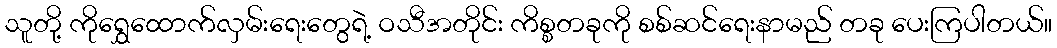
သူတို့ ကိုရွှေထောက်လှမ်းရေးတွေရဲ့ ဝသီအတိုင်း ကိစ္စတခုကို စစ်ဆင်ရေးနာမည် တခု ပေးကြပါတယ်။